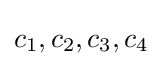
c_{1},c_{2},c_{3},c_{4}